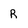
Character: R